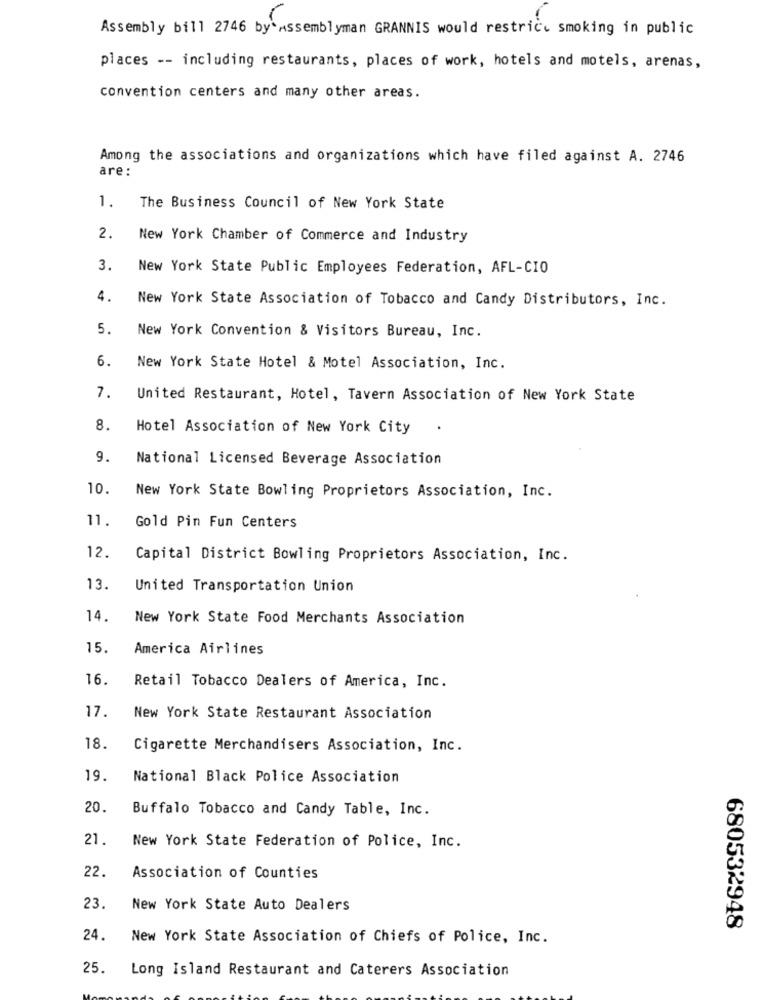
Assembly bill 2746 by"Assemblyman GRANNIS would restrict smoking in public
places -- including restaurants, places of work, hotels and motels, arenas,
convention centers and many other areas.
Among the associations and organizations which have filed against A. 2746
are:
1.
The Business Council of New York State
2.
New York Chamber of Commerce and Industry
3.
New York State Public Employees Federation, AFL-CIO
4.
New York State Association of Tobacco and Candy Distributors, Inc.
5.
New York Convention & Visitors Bureau, Inc.
6.
New York State Hotel & Motel Association, Inc.
7.
United Restaurant, Hotel, Tavern Association of New York State
8.
Hotel Association of New York City
9.
National Licensed Beverage Association
10.
New York State Bowling Proprietors Association, Inc.
11.
Gold Pin Fun Centers
12.
Capital District Bowling Proprietors Association, Inc.
13.
United Transportation Union
14.
New York State Food Merchants Association
15.
America Airlines
16.
Retail Tobacco Dealers of America, Inc.
17.
New York State Restaurant Association
18.
Cigarette Merchandisers Association, Inc.
19.
National Black Police Association
20.
Buffalo Tobacco and Candy Table, Inc.
21.
New York State Federation of Police, Inc.
22.
Association of Counties
23.
New York State Auto Dealers
680532948
24.
New York State Association of Chiefs of Police, Inc.
25.
Long Island Restaurant and Caterers Association